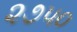
૨૭૫૦